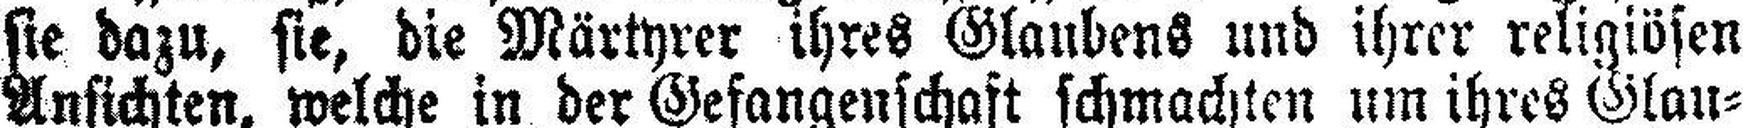
sie dazu, sie, die Märtyrer ihres Glaubens und ihrer religiösen